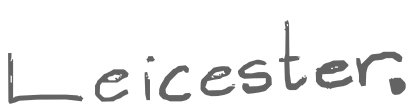
Text: Leicester.
Cross-out: clean
Writing tool: digital_gray